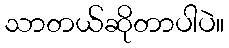
သာတယ်ဆိုတာပါပဲ။